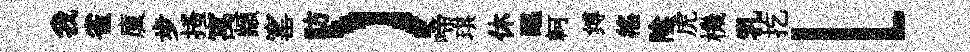
我雀廩步搔寓顓窰祊）啼琪休醖軻缚徭陰虎機乳扢l